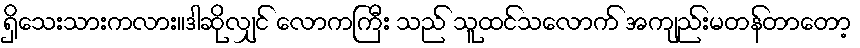
ရှိသေးသားကလား။ဒါဆိုလျှင် လောကကြီး သည် သူထင်သလောက် အကျည်းမတန်တာတော့